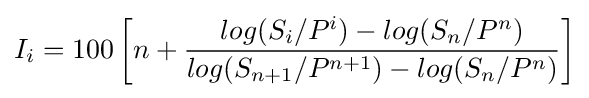
I_{i}=100\left[n+{\frac {log(S_{i}/P^{i})-log(S_{n}/P^{n})}{log(S_{n+1}/P^{n+1})-log(S_{n}/P^{n})}}\right]